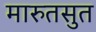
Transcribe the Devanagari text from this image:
मारुतसुत